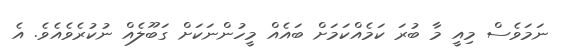
ނަމަވެސް މިއީ މާ ބުރަ ކަމެއްކަމަށް ބައެއް މީހުންނަކަށް ގަބޫލެއް ނުކުރެވެއެވެ. އެ